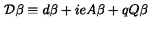
{ \cal { D } } \beta \equiv d \beta + i e A \beta + q Q \beta